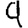
Digit: 9